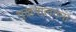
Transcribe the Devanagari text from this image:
भुखनालगना